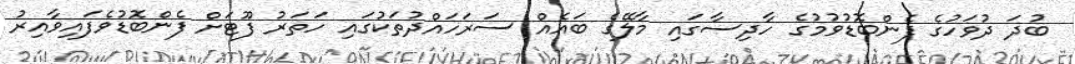
ބުދަ ދުވަހުގެ ފެންބޮޑުވުމުގެ ހާދިސާގައި މާލޭގެ ބައެއް ސަރަހައްދުތަކުގައި ހަތަރު ފޫޓަށް ފެންބޮޑުވެފައިވާއިރު